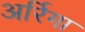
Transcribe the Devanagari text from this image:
अर्रिगा